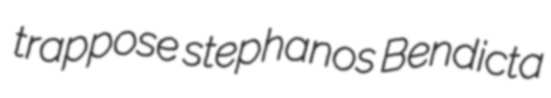
trappose stephanos Bendicta